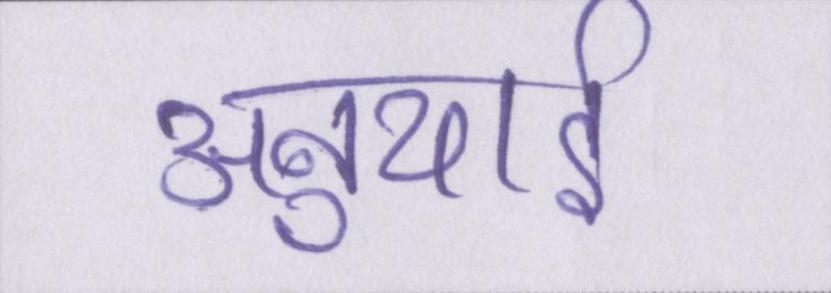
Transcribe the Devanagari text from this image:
अनुयाई